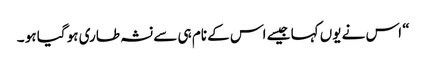
“ اس نے یوں کہا جیسے اس کے نام ہی سے نشہ طاری ہو گیا ہو ۔